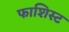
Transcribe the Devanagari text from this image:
फाशिस्ट